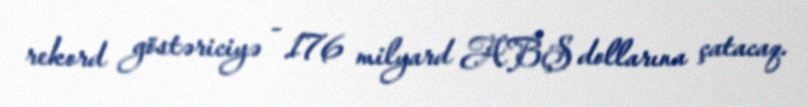
rekord göstəriciyə - 176 milyard ABŞ dollarına çatacaq.